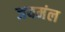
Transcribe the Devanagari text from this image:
जयमंल